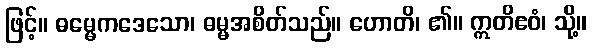
ဖြင့်။ ဓမ္မေကဒေသော၊ ဓမ္မအစိတ်သည်။ ဟောတိ၊ ၏။ ဣတိဧဝံ၊ သို့။